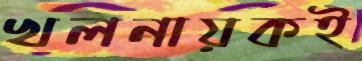
খলনায়কই